Senior Leaving Certificate Examination (including Day School Certificate (Higher) General paper), 1950
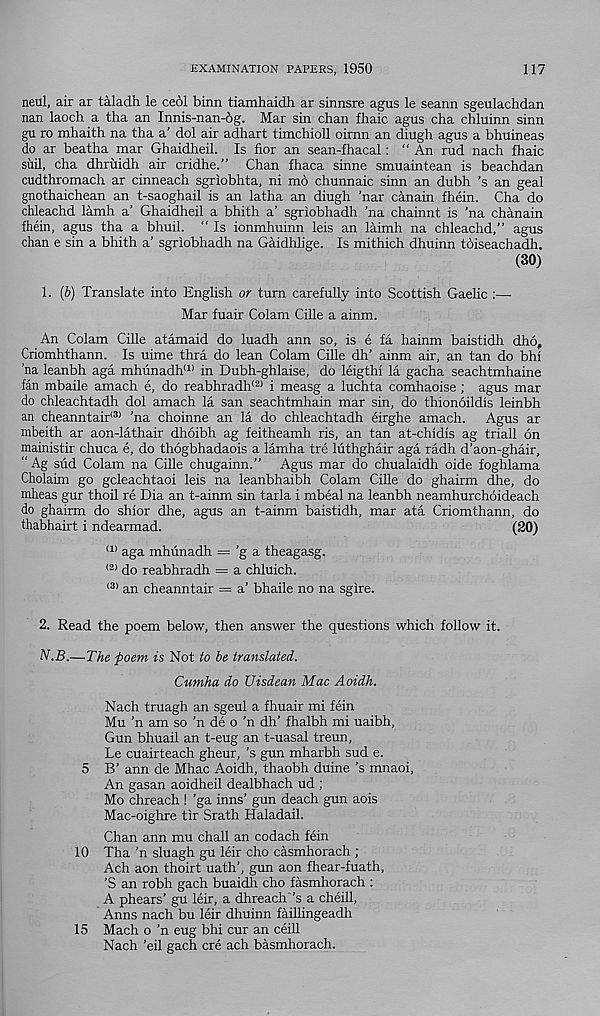
EXAMINATION PAPERS, 1950
117
neul, air ar taladh le ceol binn tiamhaidh ar sinnsre agus le seann sgeulachdan
nan laoch a tha an Innis-nan-6g. Mar sin chan fhaic agus cha chluinn sinn
gu ro mhaith na tha a' dol air adhart timchioll oirnn an diugh agus a bhuineas
do ar beatha mar Ghaidheil. Is fior an sean-fhacal: “An rud nach fhaic
sail, cha dhruidh air cridhe.” Chan fhaca sinne smuaintean is beachdan
cudthromach ar cinneach sgriobhta, ni mo chunnaic sinn an dubh ’s an geal
gnothaichean an t-saoghail is an latha an diugh ’nar canain fhein. Cha do
chleachd lamh a’ Ghaidheil a bhith a’ sgriobhadh 'na chainnt is 'na chanain
fhein, agus tha a bhuil. " Is ionmhuinn leis an laimh na chleachd,” agus
chan e sin a bhith a’ sgriobhadh na Gaidhlige. Is mithich dhuinn toiseachadh.
(30)
1. (6) Translate into English or turn carefully into Scottish Gaelic :—
Mar fuair Colam Cille a ainm.
An Colam Cille atamaid do luadh ann so, is e fa hainm baistidh dho,
Criomhthann. Is uime thra do lean Colam Cille dh’ ainm air, an tan do bhi
’na leanbh aga mhunadh (1) in Dubh-ghlaise, do leigthi la gacha seachtmhaine
fan mbaile amach e, do reabhradh (2) i measg a luchta comhaoise ; agus mar
do chleachtadh dol amach la san seachtmhain mar sin, do thionoildis leinbh
an cheanntair <3) 'na choinne an la do chleachtadh eirghe amach. Agus ar
mbeith ar aon-lathair dhoibh ag feitheamh ris, an tan at-chidis ag trial! on
mainistir chuca e, do thogbhadaois a lamha tre luthghair aga radh d’aon-ghair,
“Ag sud Colam na Cille chugainn.” Agus mar do chualaidh oide foghlama
Cholaim go gcleachtaoi leis na leanbhaibh Colam Cille do ghairm dhe, do
mheas gur thoil re Dia an t-ainm sin tarla i mbeal na leanbh neamhurchoideach
do ghairm do shior dire, agus an t-ainm baistidh, mar ata Criomthann, do
thabhairt i ndearmad.
(20)
(1) aga mhunadh = ’g a theagasg.
<2> do reabhradh = a chluich.
(3> an cheanntair = a’ bhaile no na sgire.
2. Read the poem below, then answer the questions which follow it.
iV.5.—The poem is Not to be translated.
Cumha do Uisdean Mac Aoidh.
Nach truagh an sgeul a fhuair mi fein
Mu 'n am so 'n de o 'n dh’ fhalbh mi uaibh,
Gun bhuail an t-eug an t-uasal treun,
Le cuairteach gheur, 's gun mharbh sud e.
5 B’ ann de Mhac Aoidh, thaobh duine's mnaoi,
An gasan aoidheil dealbhach ud ;
Mo chreach ! 'ga inns’ gun deach gun aois
Mac-oighre tir Srath Haladail.
Chan ann mu chall an codach fein
10 Tha ’n sluagh gu leir cho casmhorach ;
Ach aon thoirt uath’, gun aon fhear-fuath,
'S an robh gach buaidlr cho fasmhorach :
A phears’ gu leir, a dhreach ’s a cheill,
Anns nach bu leir dhuinn faillingeadh
15 Mach o ’n eug bhi cur an ceill
Nach ’eil gach ere ach basmhorach.